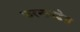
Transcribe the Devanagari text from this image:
फ़रनानडेज़